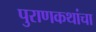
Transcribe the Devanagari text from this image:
पुराणकथांचा